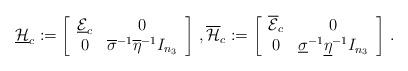
LaTeX: \begin{align*} \underline{{\cal H}}_c := \left[\begin{array}{cc} \underline{{\cal E}}_c & 0\\0 &{\overline{\sigma}}^{-1} \overline{\eta}^{-1}I_{n_3}\end{array}\right]\, , \overline{{\cal H}}_c := \left[\begin{array}{cc}\overline{{\cal E}}_c & 0\\0 &{\underline{\sigma}}^{-1} \underline{\eta}^{-1}I_{n_3}\end{array}\right]\, .\end{align*}